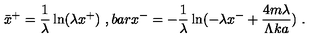
\bar { x } ^ { + } = { \frac { 1 } { \lambda } } \ln ( \lambda x ^ { + } ) \ , b a r x ^ { - } = - { \frac { 1 } { \lambda } } \ln ( - \lambda x ^ { - } + { \frac { 4 m \lambda } { \Lambda k a } } ) \ .